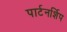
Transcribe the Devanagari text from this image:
पार्टनर्शिप